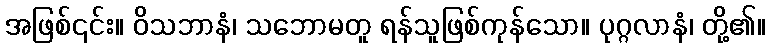
အဖြစ်၎င်း။ ဝိသဘာနံ၊ သဘောမတူ ရန်သူဖြစ်ကုန်သော။ ပုဂ္ဂလာနံ၊ တို့၏။